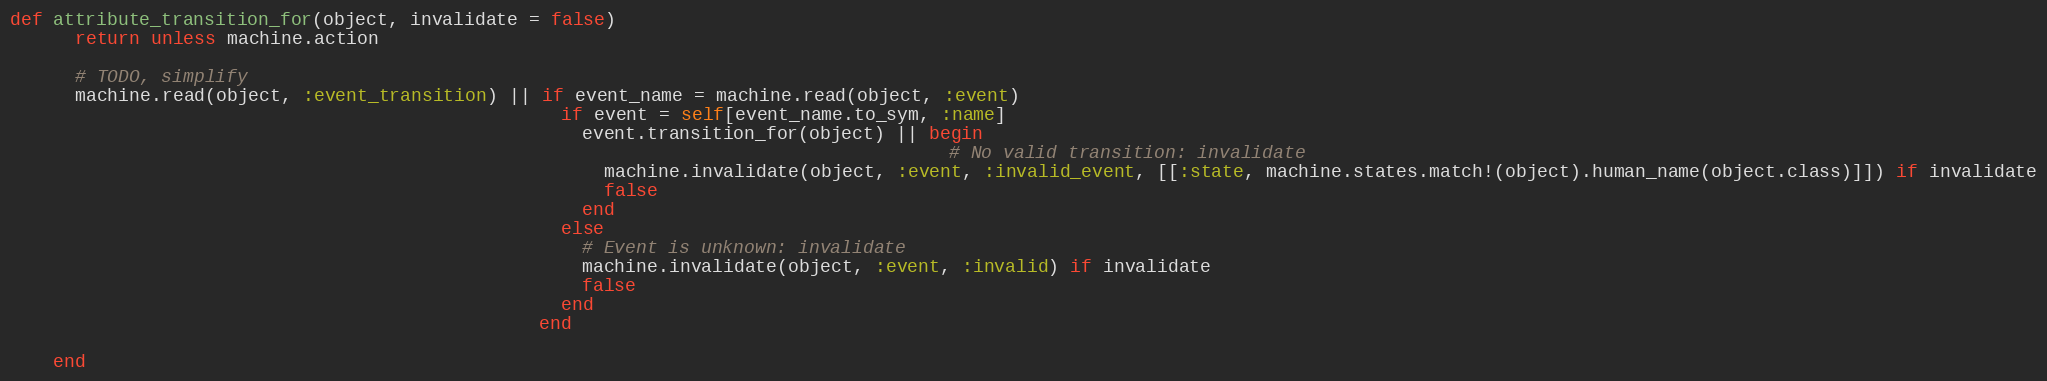
Language: Ruby
def attribute_transition_for(object, invalidate = false)
      return unless machine.action

      # TODO, simplify
      machine.read(object, :event_transition) || if event_name = machine.read(object, :event)
                                                   if event = self[event_name.to_sym, :name]
                                                     event.transition_for(object) || begin
                                                                                       # No valid transition: invalidate
                                                       machine.invalidate(object, :event, :invalid_event, [[:state, machine.states.match!(object).human_name(object.class)]]) if invalidate
                                                       false
                                                     end
                                                   else
                                                     # Event is unknown: invalidate
                                                     machine.invalidate(object, :event, :invalid) if invalidate
                                                     false
                                                   end
                                                 end

    end